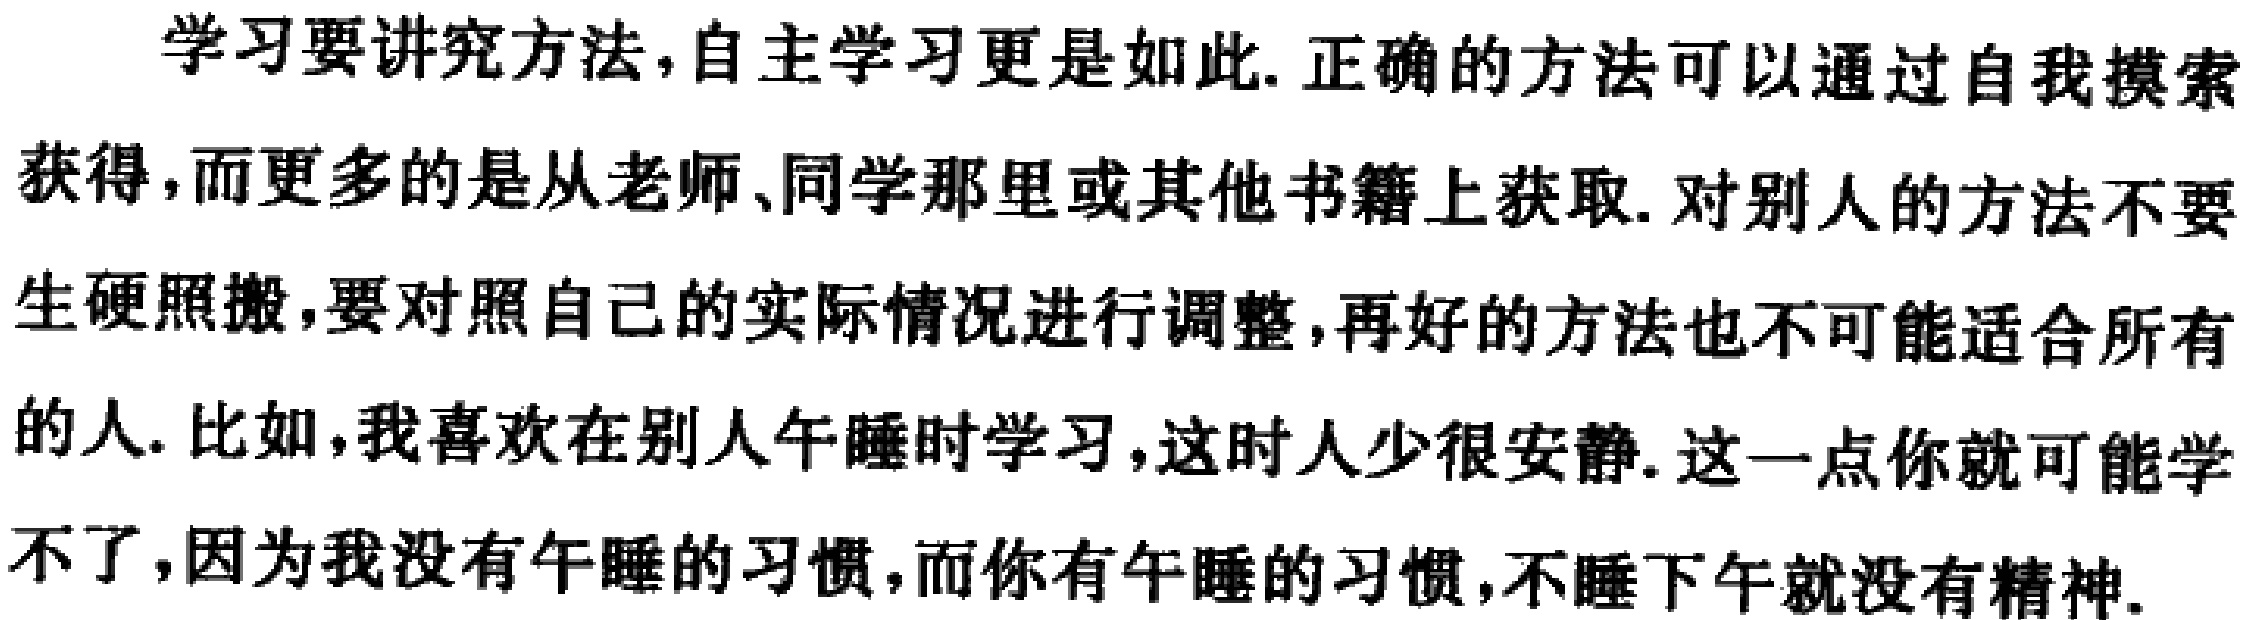
学习要讲究方法,自主学习更是如此. 正确的方法可以通过自我摸索获得,而更多的是从老师、同学那里或其他书籍上获取. 对别人的方法不要生硬照搬,要对照自己的实际情况进行调整,再好的方法也不可能适合所有的人. 比如,我喜欢在别人午睡时学习,这时人少很安静. 这一点你就可能学不了,因为我没有午睡的习惯,而你有午睡的习惯,不睡下午就没有精神.